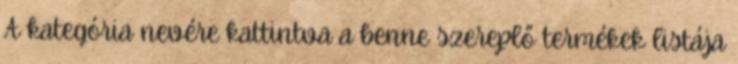
A kategória nevére kattintva a benne szereplő termékek listája